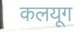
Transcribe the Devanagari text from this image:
कलयूग